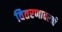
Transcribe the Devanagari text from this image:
वितरणावरची